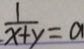
\frac { 1 } { x + y } = a